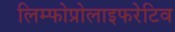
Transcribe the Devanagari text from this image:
लिम्फोप्रोलाइफरेटिव